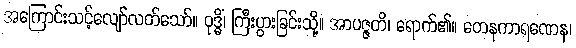
အကြောင်းသင့်လျော်လတ်သော်။ ဝုဒ္ဓိံ၊ ကြီးပွားခြင်းသို့။ အာပဇ္ဇတိ၊ ရောက်၏။ တေနကာရဏေန၊